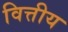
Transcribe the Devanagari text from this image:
वित्तीय